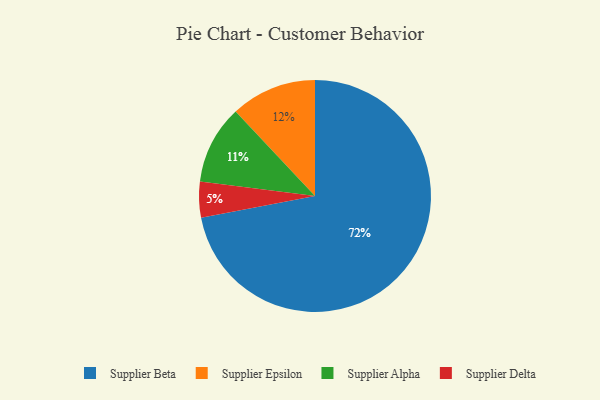
{"axis": {"x": "Category", "y": "Percentage"}, "legend": ["Supplier Alpha", "Supplier Beta", "Supplier Delta", "Supplier Epsilon"], "data": [{"x": "Supplier Alpha", "y": 11, "type": "Supplier Alpha"}, {"x": "Supplier Epsilon", "y": 12, "type": "Supplier Epsilon"}, {"x": "Supplier Delta", "y": 5, "type": "Supplier Delta"}, {"x": "Supplier Beta", "y": 72, "type": "Supplier Beta"}]}